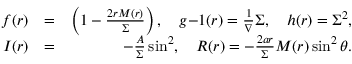
\begin{array} { r l r } { f ( r ) } & { = } & { \left( 1 - \frac { 2 r M ( r ) } { \Sigma } \right) , ~ ~ ~ g { - 1 } ( r ) = \frac { 1 } { \nabla } \Sigma , ~ ~ ~ h ( r ) = \Sigma ^ { 2 } , } \\ { I ( r ) } & { = } & { - \frac { A } { \Sigma } \sin ^ { 2 } , ~ ~ ~ R ( r ) = - \frac { 2 a r } { \Sigma } M ( r ) \sin ^ { 2 } \theta . } \end{array}